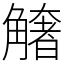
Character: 𧤺